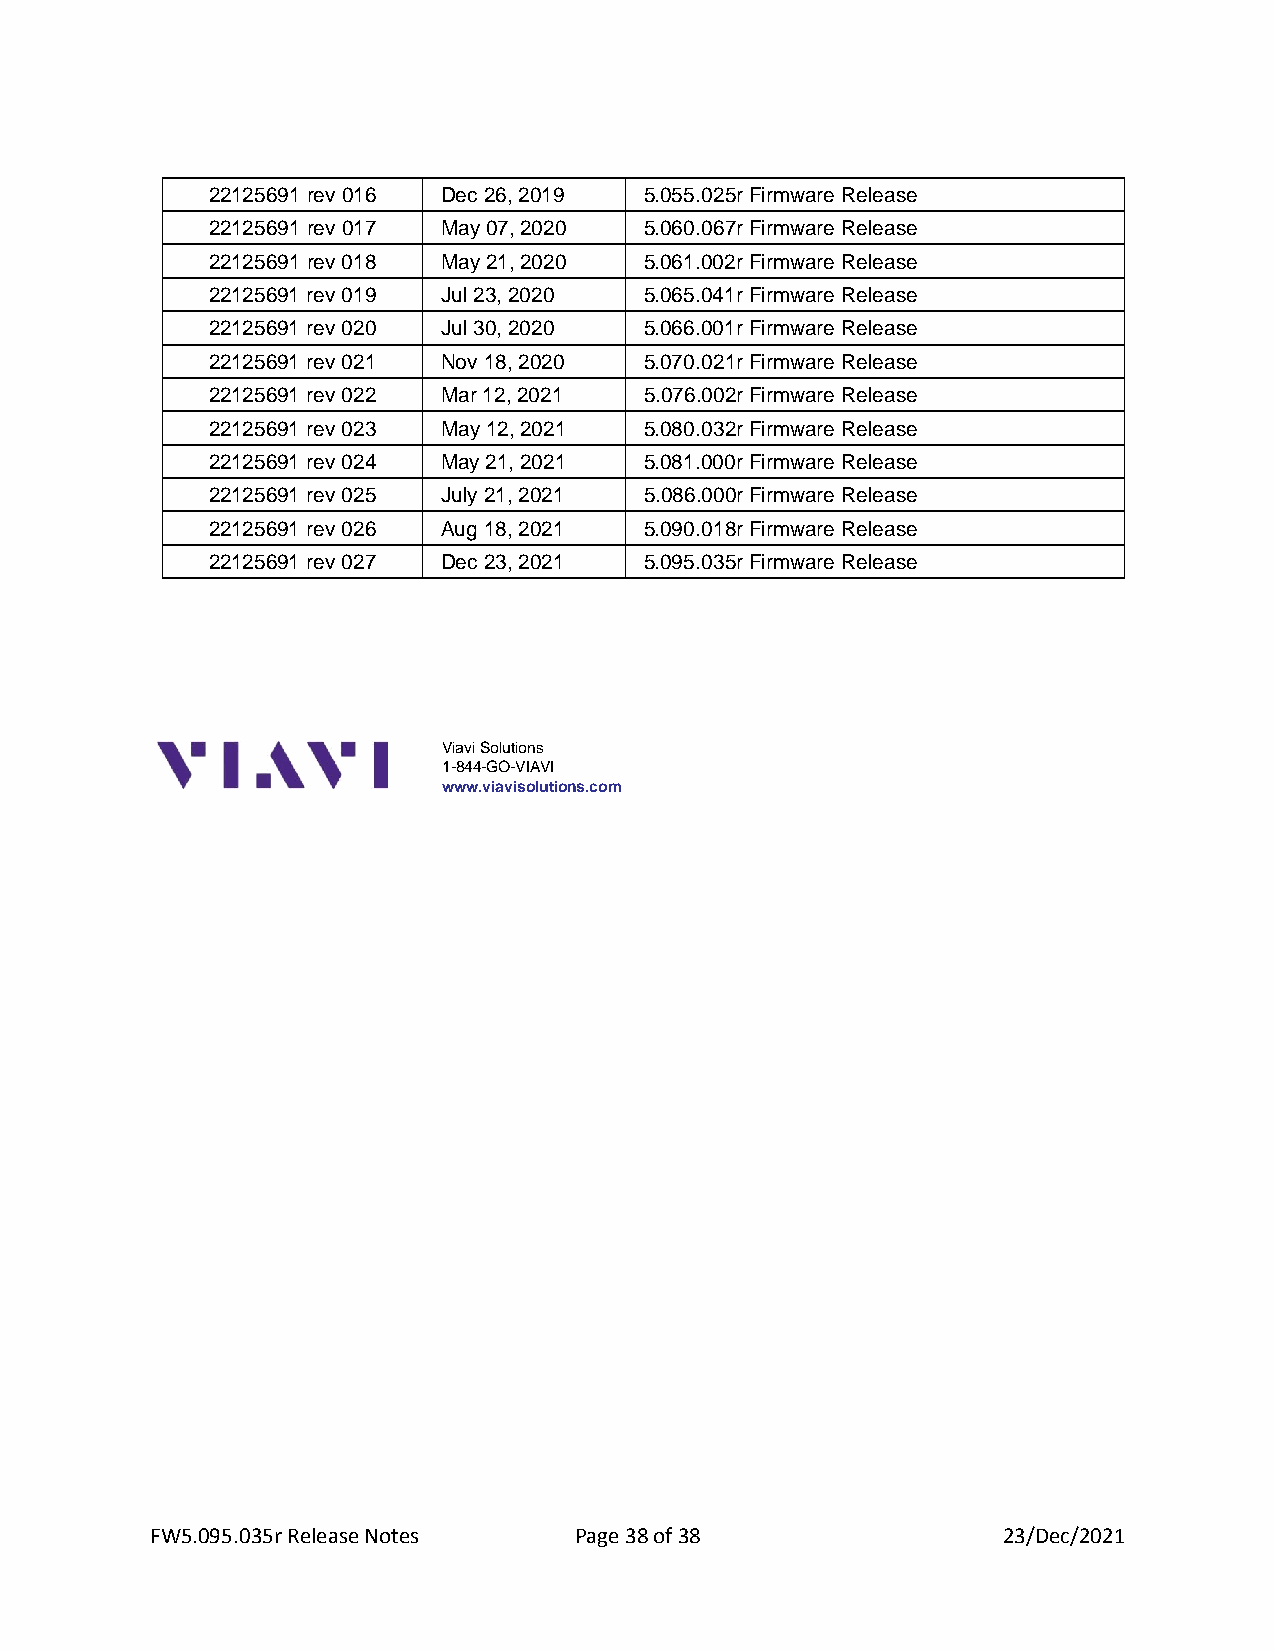
22125691 rev 016 Dec 26, 2019 5.055.025r Firmware Release
 22125691 rev 017 May 07, 2020 5.060.067r Firmware Release
 22125691 rev 018 May 21, 2020 5.061.002r Firmware Release
 22125691 rev 019 Jul 23, 2020 5.065.041r Firmware Release
 22125691 rev 020 Jul 30, 2020 5.066.001r Firmware Release
 22125691 rev 021 Nov 18, 2020 5.070.021r Firmware Release
 22125691 rev 022 Mar 12, 2021 5.076.002r Firmware Release
 22125691 rev 023 May 12, 2021 5.080.032r Firmware Release
 22125691 rev 024 May 21, 2021 5.081.000r Firmware Release
 22125691 rev 025 July 21, 2021 5.086.000r Firmware Release
 22125691 rev 026 Aug 18, 2021 5.090.018r Firmware Release
 22125691 rev 027 Dec 23, 2021 5.095.035r Firmware Release
 Viavi Solutions
 1-844-GO-VIAVI
 www.viavisolutions.com
 FW5.095.035r Release Notes  Page 38 of 38               23/Dec/2021